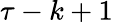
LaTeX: \tau-k+1